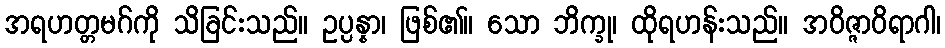
အရဟတ္တမဂ်ကို သိခြင်းသည်။ ဥပ္ပန္နာ၊ ဖြစ်၏။ သော ဘိက္ခု၊ ထိုရဟန်းသည်။ အဝိဇ္ဇာဝိရာဂါ၊